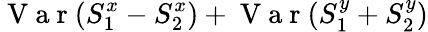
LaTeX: \mathrm{~V~a~r~}(S_{1}^{x}-S_{2}^{x})+\mathrm{~V~a~r~}(S_{1}^{y}+S_{2}^{y})